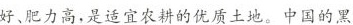
好、肥力高，是适宜农耕的优质土地。中国的黑